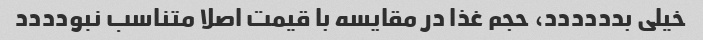
خیلی بدددددد، حجم غذا در مقایسه با قیمت اصلا متناسب نبودددد